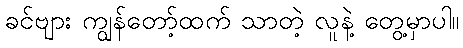
ခင်ဗျား ကျွန်တော့်ထက် သာတဲ့ လူနဲ့ တွေ့မှာပါ။